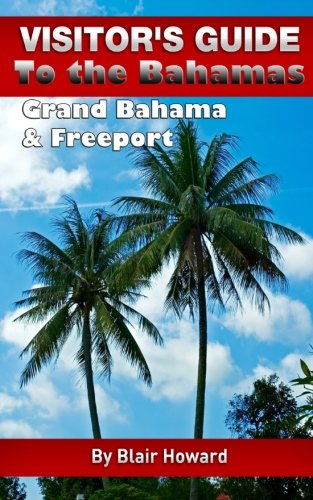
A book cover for Visitor's Guide to the Bahamas - Grand Bahama & Freeport; Blair Howard; Travel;